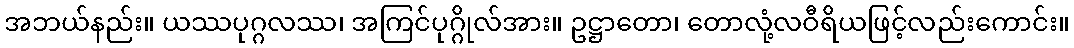
အဘယ်နည်း။ ယဿပုဂ္ဂလဿ၊ အကြင်ပုဂ္ဂိုလ်အား။ ဥဋ္ဌာတော၊ တောလုံ့လဝီရိယဖြင့်လည်းကောင်း။